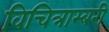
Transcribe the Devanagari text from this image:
विचित्राम्बरी